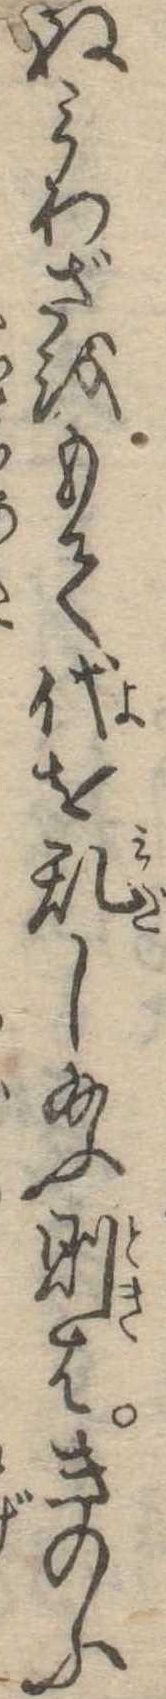
ぬみわざをもて代を乱し給ふ則はきのふ